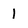
Character: l